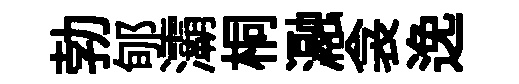
勃郇灞桐瀜衾𨓜